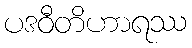
ပဒဝီတိဟာရဿ